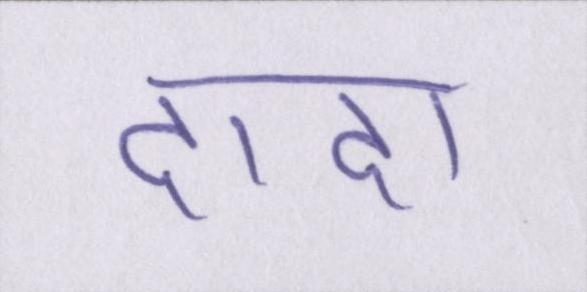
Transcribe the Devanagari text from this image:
दादा